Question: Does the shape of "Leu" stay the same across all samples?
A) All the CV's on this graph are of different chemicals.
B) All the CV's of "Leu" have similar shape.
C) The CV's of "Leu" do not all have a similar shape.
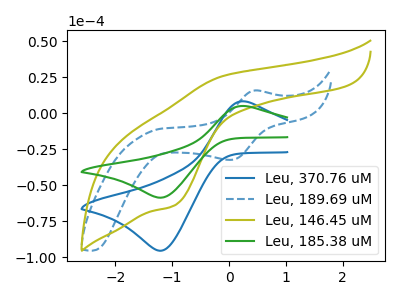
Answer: <think>The blue curve "Leu, 370.76 uM" has an anodic peak at (0.30V, 8.20uA) and a cathodic peak at (-1.20V, -95.40uA). The blue dashed curve "Leu, 189.69 uM" has an anodic peak at (0.45V, 15.95uA) and a cathodic peak at (0.00V, -32.30uA). The olive curve "Leu, 146.45 uM" has an anodic peak at (-0.10V, 26.05uA) and a cathodic peak at (-0.95V, -63.95uA). The green curve "Leu, 185.38 uM" has an anodic peak at (0.30V, 5.05uA) and a cathodic peak at (-1.20V, -58.55uA).
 "Leu, 370.76 uM" and "Leu, 189.69 uM" have at least one peak that do not match. "Leu, 370.76 uM" and "Leu, 146.45 uM" have at least one peak that do not match. All the peaks in "Leu, 370.76 uM" have a peak in "Leu, 185.38 uM" at the same potential. Every peak in "Leu, 370.76 uM" is higher than every peak in "Leu, 185.38 uM". "Leu, 189.69 uM" and "Leu, 146.45 uM" have at least one peak that do not match. "Leu, 189.69 uM" and "Leu, 185.38 uM" have at least one peak that do not match. "Leu, 146.45 uM" and "Leu, 185.38 uM" have at least one peak that do not match.</think>
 <answer>B) All the CV's of "Leu" have similar shape.</answer>
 <eval>B</eval>